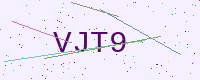
Text: VJT9